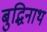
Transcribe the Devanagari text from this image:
बुद्धिनाथ